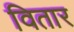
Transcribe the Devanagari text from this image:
वितार